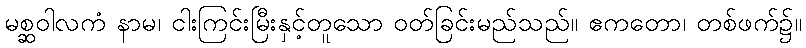
မစ္ဆဝါလကံ နာမ၊ ငါးကြင်းမြီးနှင့်တူသော ဝတ်ခြင်းမည်သည်။ ဧကတော၊ တစ်ဖက်၌။